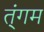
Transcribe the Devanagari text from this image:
त्ंगम